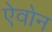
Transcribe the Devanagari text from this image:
ऐवोन